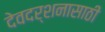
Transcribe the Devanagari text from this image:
देवदर्शनासाठी